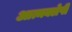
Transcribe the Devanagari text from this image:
आत्मक्लेषी